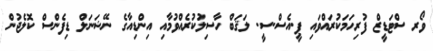
ވޯރ ސްޓަޑީޒް ފުރިހަމަކުރައްވައި ޕީ.އެސް.ސީ. ލަޤަބް ހާސިލުކުރެއްވުމާއި އިންޑިއާގެ ނޭޝަނަލް ޑިފެންސް ކޮލެޖުން